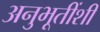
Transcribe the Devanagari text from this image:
अनुभूतींशी